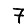
Digit: 7